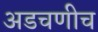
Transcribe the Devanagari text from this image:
अडचणीच